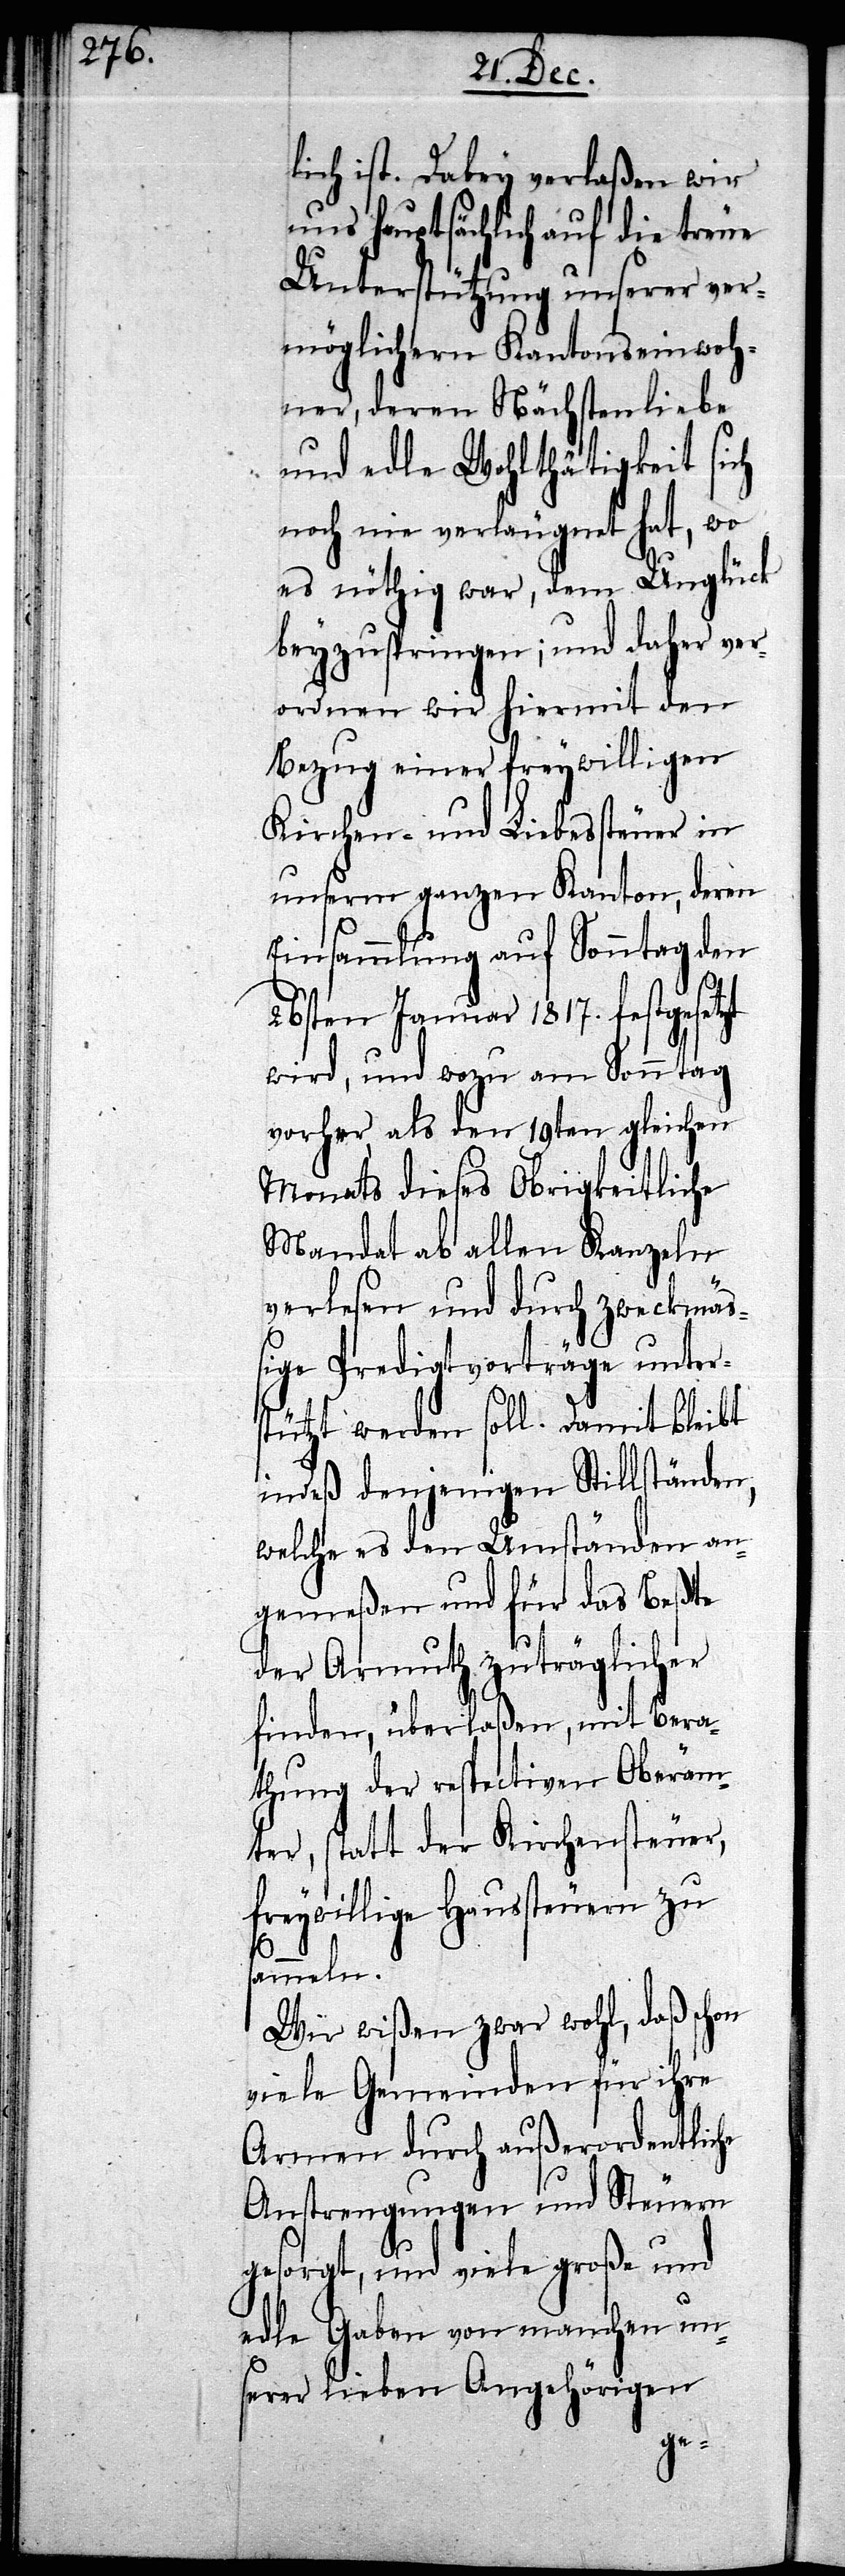
lich ist. Dabey verlaßen wir
uns hauptsächlich auf die treue
Unterstützung unserer ver¬
möglichern Kantonseinwoh¬
ner, deren Nächstenliebe
und edle Wohlthätigkeit sich
noch nie verläugnet hat, wo
es nöthig war, dem Unglück
beyzuspringen; und daher ver¬
ordnen wir hiermit den
Bezug einer freywilligen
Kirchen- und Liebessteuer in
unserm ganzen Kanton, deren
Einsammlung auf Sonntag den
s¬
26sten Januar 1817. festgesetzt
wird, und wozu am Sonntag
vorher, als den 19ten gleichen
Monats dieses Obrigkeitliche
Mandat ab allen Kanzeln
verlesen und durch zweckmä¬
ßige Predigtvorträge unter¬
stützt werden soll. Damit bleibt
indeß denjenigen Stillständen,
welche es den Umständen an¬
gemeßen und für das beßte
der Armuth zuträglicher
finden, überlaßen, mit Bera¬
thung der respectiven Oberäm¬
ter, statt der Kirchensteuer,
freywillige Haussteuern zu
ammeln.
Wir wißen zwar wohl, daß schon
viele Gemeinden für ihre
Armen durch außerordentliche
Anstrengungen und Steuern
gesorgt, und viele große und
edle Gaben von manchen un¬
serer lieben Angehörigen